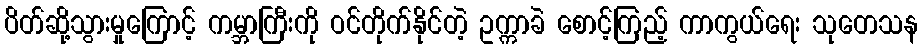
ပိတ်ဆို့သွားမှုကြောင့် ကမ္ဘာကြီးကို ဝင်တိုက်နိုင်တဲ့ ဥက္ကာခဲ စောင့်ကြည့် ကာကွယ်ရေး သုတေသန